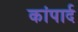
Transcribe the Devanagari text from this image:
कांपार्द